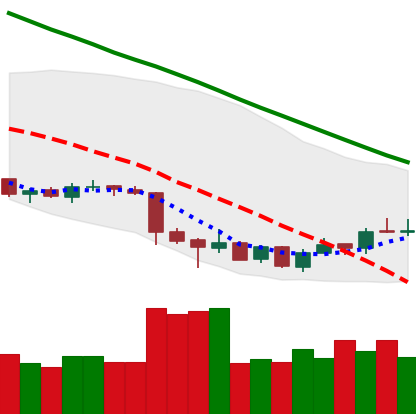
Ticker: LTC-USD
Chart end date: 2018-07-04
Forward return: -5.423%
Label: down_5_7